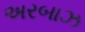
અરબાઝ